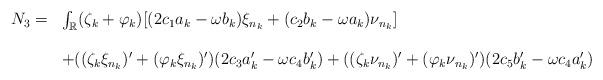
LaTeX: \begin{align*}\begin{array}{ll}N_3=&\int_{\mathbb R} (\zeta_k+\varphi_k)[(2 c_1a_k-\omega b_k) \xi_{n_k} + (c_2b_k-\omega a_k) \nu_{n_k}]\\\\&+ ((\zeta_k \xi_{n_k})' + (\varphi_k \xi_{n_k})' )(2 c_3a'_k-\omega c_4 b'_k)+((\zeta_k \nu_{n_k})' +(\varphi_k \nu_{n_k})') (2 c_5b'_k-\omega c_4 a'_k)\end{array}\end{align*}